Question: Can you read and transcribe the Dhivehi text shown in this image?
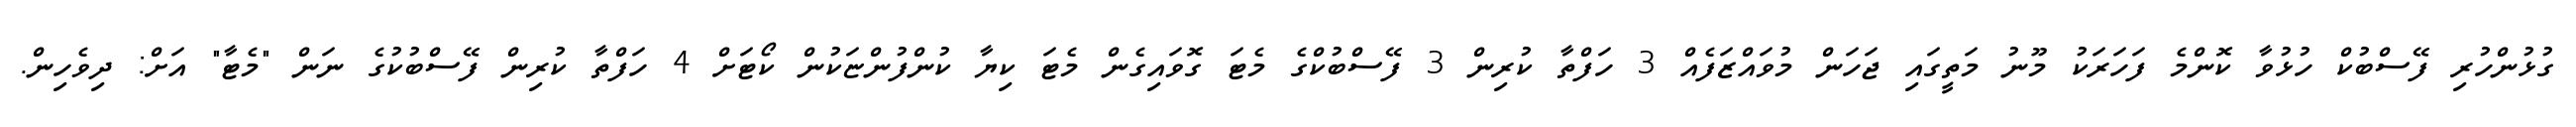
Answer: ގުޅުންހުރި ފޭސްބުކް ހުޅުވާ ކޮންމެ ފަހަރަކު މޫނު މަތީގައި ޖަހަން މުވައްޒަފެއް 3 ހަފްތާ ކުރިން 3 ފޭސްބުކްގެ މެޓަ ގޮވައިގެން މެޓަ ކިޔާ ކުންފުންޏަކުން ކޯޓަށް 4 ހަފްތާ ކުރިން ފޭސްބުކުގެ ނަން "މެޓާ" އަށް: ދިވެހިން.